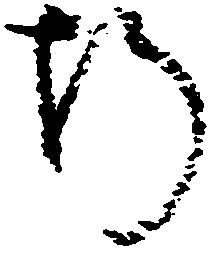
折